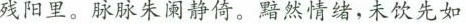
残阳里。脉脉朱阑静倚。黯然情绪，未饮先如